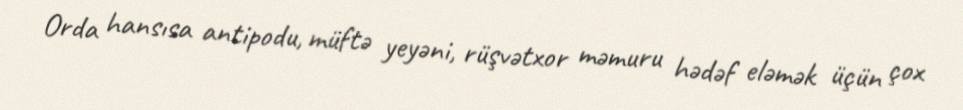
Orda hansısa antipodu, müftə yeyəni, rüşvətxor məmuru hədəf eləmək üçün çox